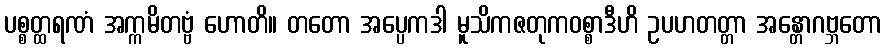
ပစ္စတ္ထရဏံ အက္ကမိတဗ္ဗံ ဟောတိ။ တတော အပ္ပေကဒါ မူသိကဇတုကဝစ္စာဒီဟိ ဥပဟတတ္တာ အန္တောဂဗ္ဘတော